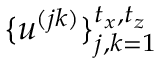
\{ u ^ { ( j k ) } \} _ { j , k = 1 } ^ { t _ { x } , t _ { z } }